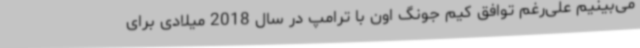
می‌بینیم علی‌رغم توافق کیم جونگ اون با ترامپ در سال 2018 میلادی برای